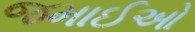
જમાઈઓ